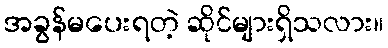
အခွန်မပေးရတဲ့ ဆိုင်များရှိသလား။